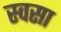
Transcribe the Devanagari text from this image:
स्वसा